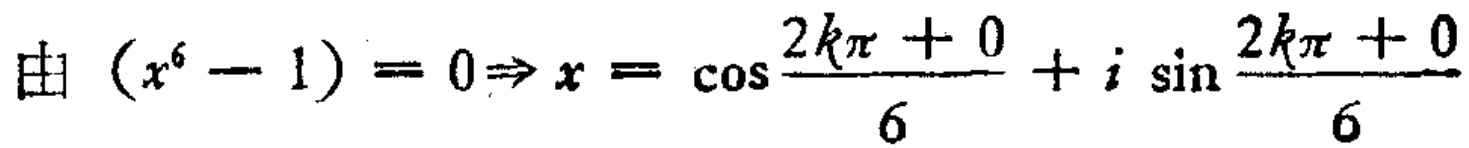
由 \((x^{6}-1)=0\Rightarrow x = \cos\frac{2k\pi + 0}{6}+i\sin\frac{2k\pi + 0}{6}\)